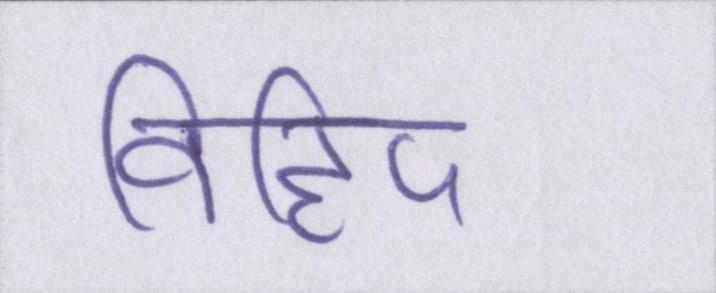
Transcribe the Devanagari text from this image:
विहिप